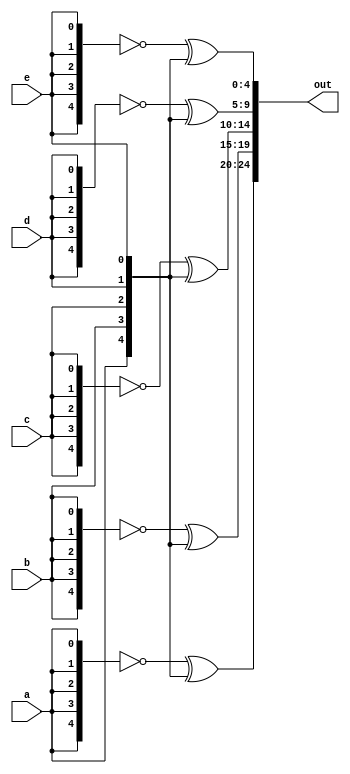
//https://hdlbits.01xz.net/wiki/Vector5

module top_module (
    input a, b, c, d, e,
    output [24:0] out );//

    // The output is XNOR of two vectors created by
    // concatenating and replicating the five inputs.
    // assign out = ~{ ... } ^ { ... };
    assign out[24:20] = ~{5{a}} ^ {a, b, c, d, e};
    assign out[19:15] = ~{5{b}} ^ {a, b, c, d, e};
    assign out[14:10] = ~{5{c}} ^ {a, b, c, d, e};
    assign out[9:5] = ~{5{d}} ^ {a, b, c, d, e};
    assign out[4:0] = ~{5{e}} ^ {a, b, c, d, e};
endmodule